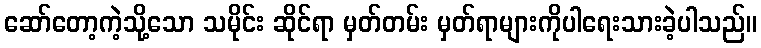
ဆော်တော့ကဲ့သို့သော သမိုင်း ဆိုင်ရာ မှတ်တမ်း မှတ်ရာများကိုပါရေးသားခဲ့ပါသည်။